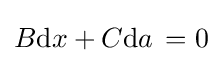
B{\text{d}}x+C{\text{d}}a\,=0